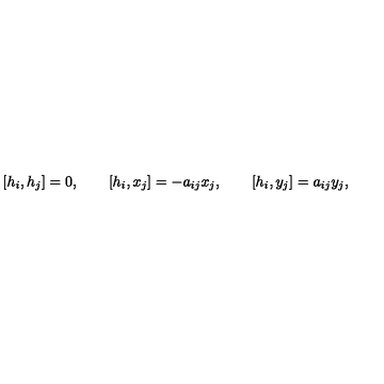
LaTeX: \left[ h _ { i } , h _ { j } \right] = 0 , \qquad \left[ h _ { i } , x _ { j } \right] = - a _ { i j } x _ { j } , \qquad \left[ h _ { i } , y _ { j } \right] = a _ { i j } y _ { j } ,